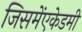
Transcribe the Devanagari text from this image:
जिसमेंएकेडमी